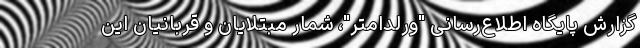
گزارش پایگاه اطلاع‌رسانی "ورلداُمتر"، شمار مبتلایان و قربانیان این